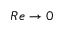
R e \rightarrow 0